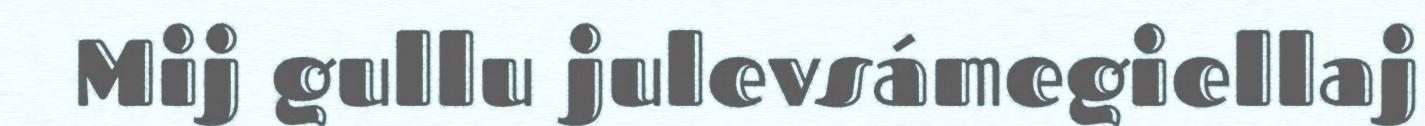
Mij gullu julevsámegiellaj